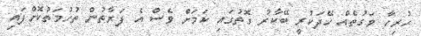
ހުރިހާ ވަގުތެއް ހޭދަކުރީ ބޭކާރު ގޮތުގައި ކަމަށް ވެސް އެ ފަރާތުން ތުހުމަތުކޮށްފައި